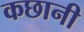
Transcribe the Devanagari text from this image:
कछानी